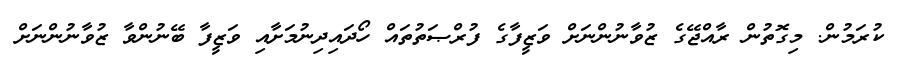
ކުރަމުން. މިގޮތުން ރާއްޖޭގެ ޒުވާނުންނަށް ވަޒީފާގެ ފުރްޞަތުތައް ހޯދައިދިނުމަށާއި ވަޒީފާ ބޭނުންވާ ޒުވާނުންނަށް